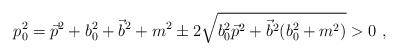
\begin{align*}p_0^2 = \vec p^2 + b_0^2 +\vec b^2 + m^2 \pm 2\sqrt{ b_0^2 \vec p^2 +\vec b^2( b_0^2 + m^2)} > 0\ ,\end{align*}